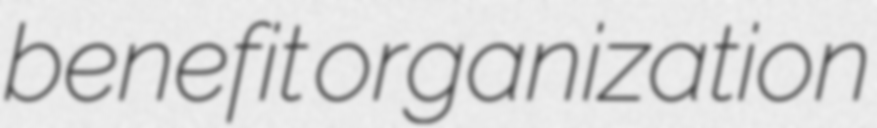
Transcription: benefit organization